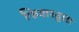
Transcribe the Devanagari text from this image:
फिशरद्वारा